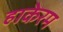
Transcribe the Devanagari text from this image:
हाकेरम